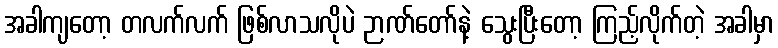
အခါကျတော့ တလက်လက် ဖြစ်လာသလိုပဲ ဉာဏ်တော်နဲ့ သွေးပြီးတော့ ကြည့်လိုက်တဲ့ အခါမှာ